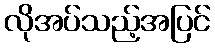
လိုအပ်သည့်အပြင်